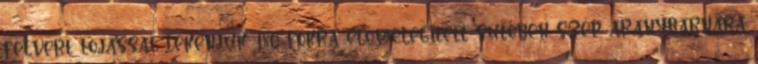
felvert tojással lekenjük, 180 fokra előmelegített sütőben szép aranybarnára